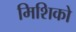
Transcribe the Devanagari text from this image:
मिशिको